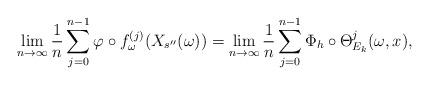
LaTeX: \begin{align*}\lim _{n\to \infty} \frac{1}{n} \sum ^{n-1} _{j=0} \varphi \circ f_{\omega} ^{(j)} (X_{s^{\prime \prime}}(\omega)) = \lim _{n\to \infty} \frac{1}{n} \sum ^{n-1} _{j=0} \Phi _h \circ \Theta _{E_k} ^j (\omega ,x),\end{align*}